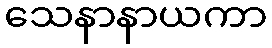
သေနာနာယကာ